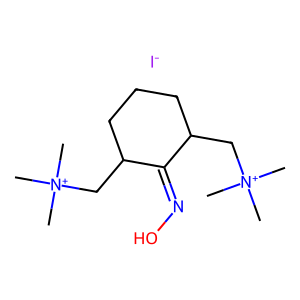
SMILES: C[N+](C)(C)CC1CCCC(C[N+](C)(C)C)C1=NO.[I-]
Inhibits HIV replication: No